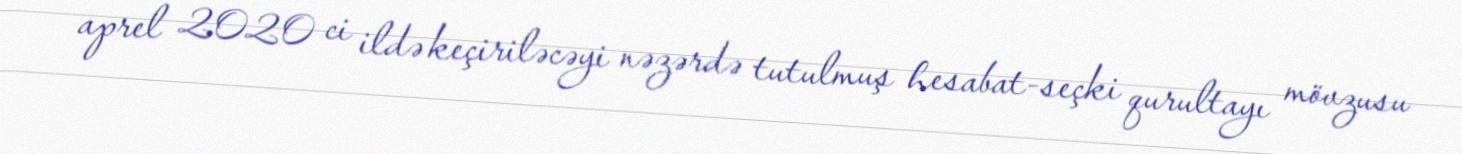
aprel 2020 ci ildə keçiriləcəyi nəzərdə tutulmuş hesabat-seçki qurultayı mövzusu